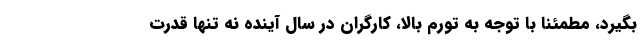
بگیرد، مطمئنا با توجه به تورم بالا، کارگران در سال آینده نه تنها قدرت